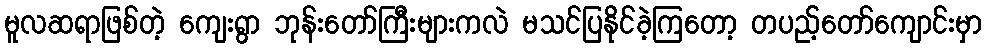
မူလဆရာဖြစ်တဲ့ ကျေးရွာ ဘုန်းတော်ကြီးများကလဲ မသင်ပြနိုင်ခဲ့ကြတော့ တပည့်တော်ကျောင်းမှာ